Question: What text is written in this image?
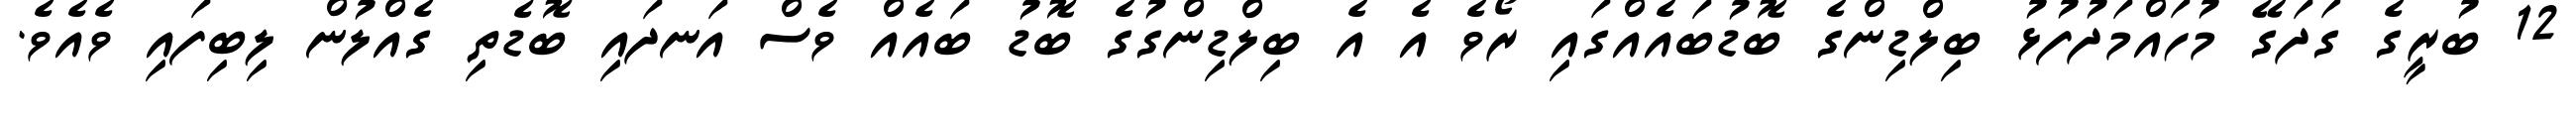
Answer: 12 ބުރީގެ ގަދަގޭ މުހައްމަދުފުޅު ބިލްޑިންގެ ބޮޑުބައެއްގައި ރޯވެ އެ އެ ބިލްޑިންގުގެ ބޮޑު ބައެއް ވެސް އަނދައި ބޮޑެތި ގެއްލުން ލިބިފައި ވެއެވެ.